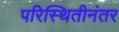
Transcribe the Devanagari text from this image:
परिस्थितीनंतर